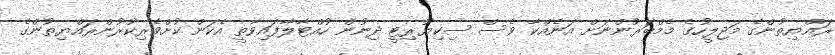
ރައްޔިތުންގެ މަޖިލީހުގެ މެމްބަރުންނަށް އަނެއްކާ ވެސް ސިކިޔުރިޓީ ދިނުން ހުއްޓާލާފައިވާތީ އެކަން ކުށްވެރިކުރުންރައްޔިތުންގެ